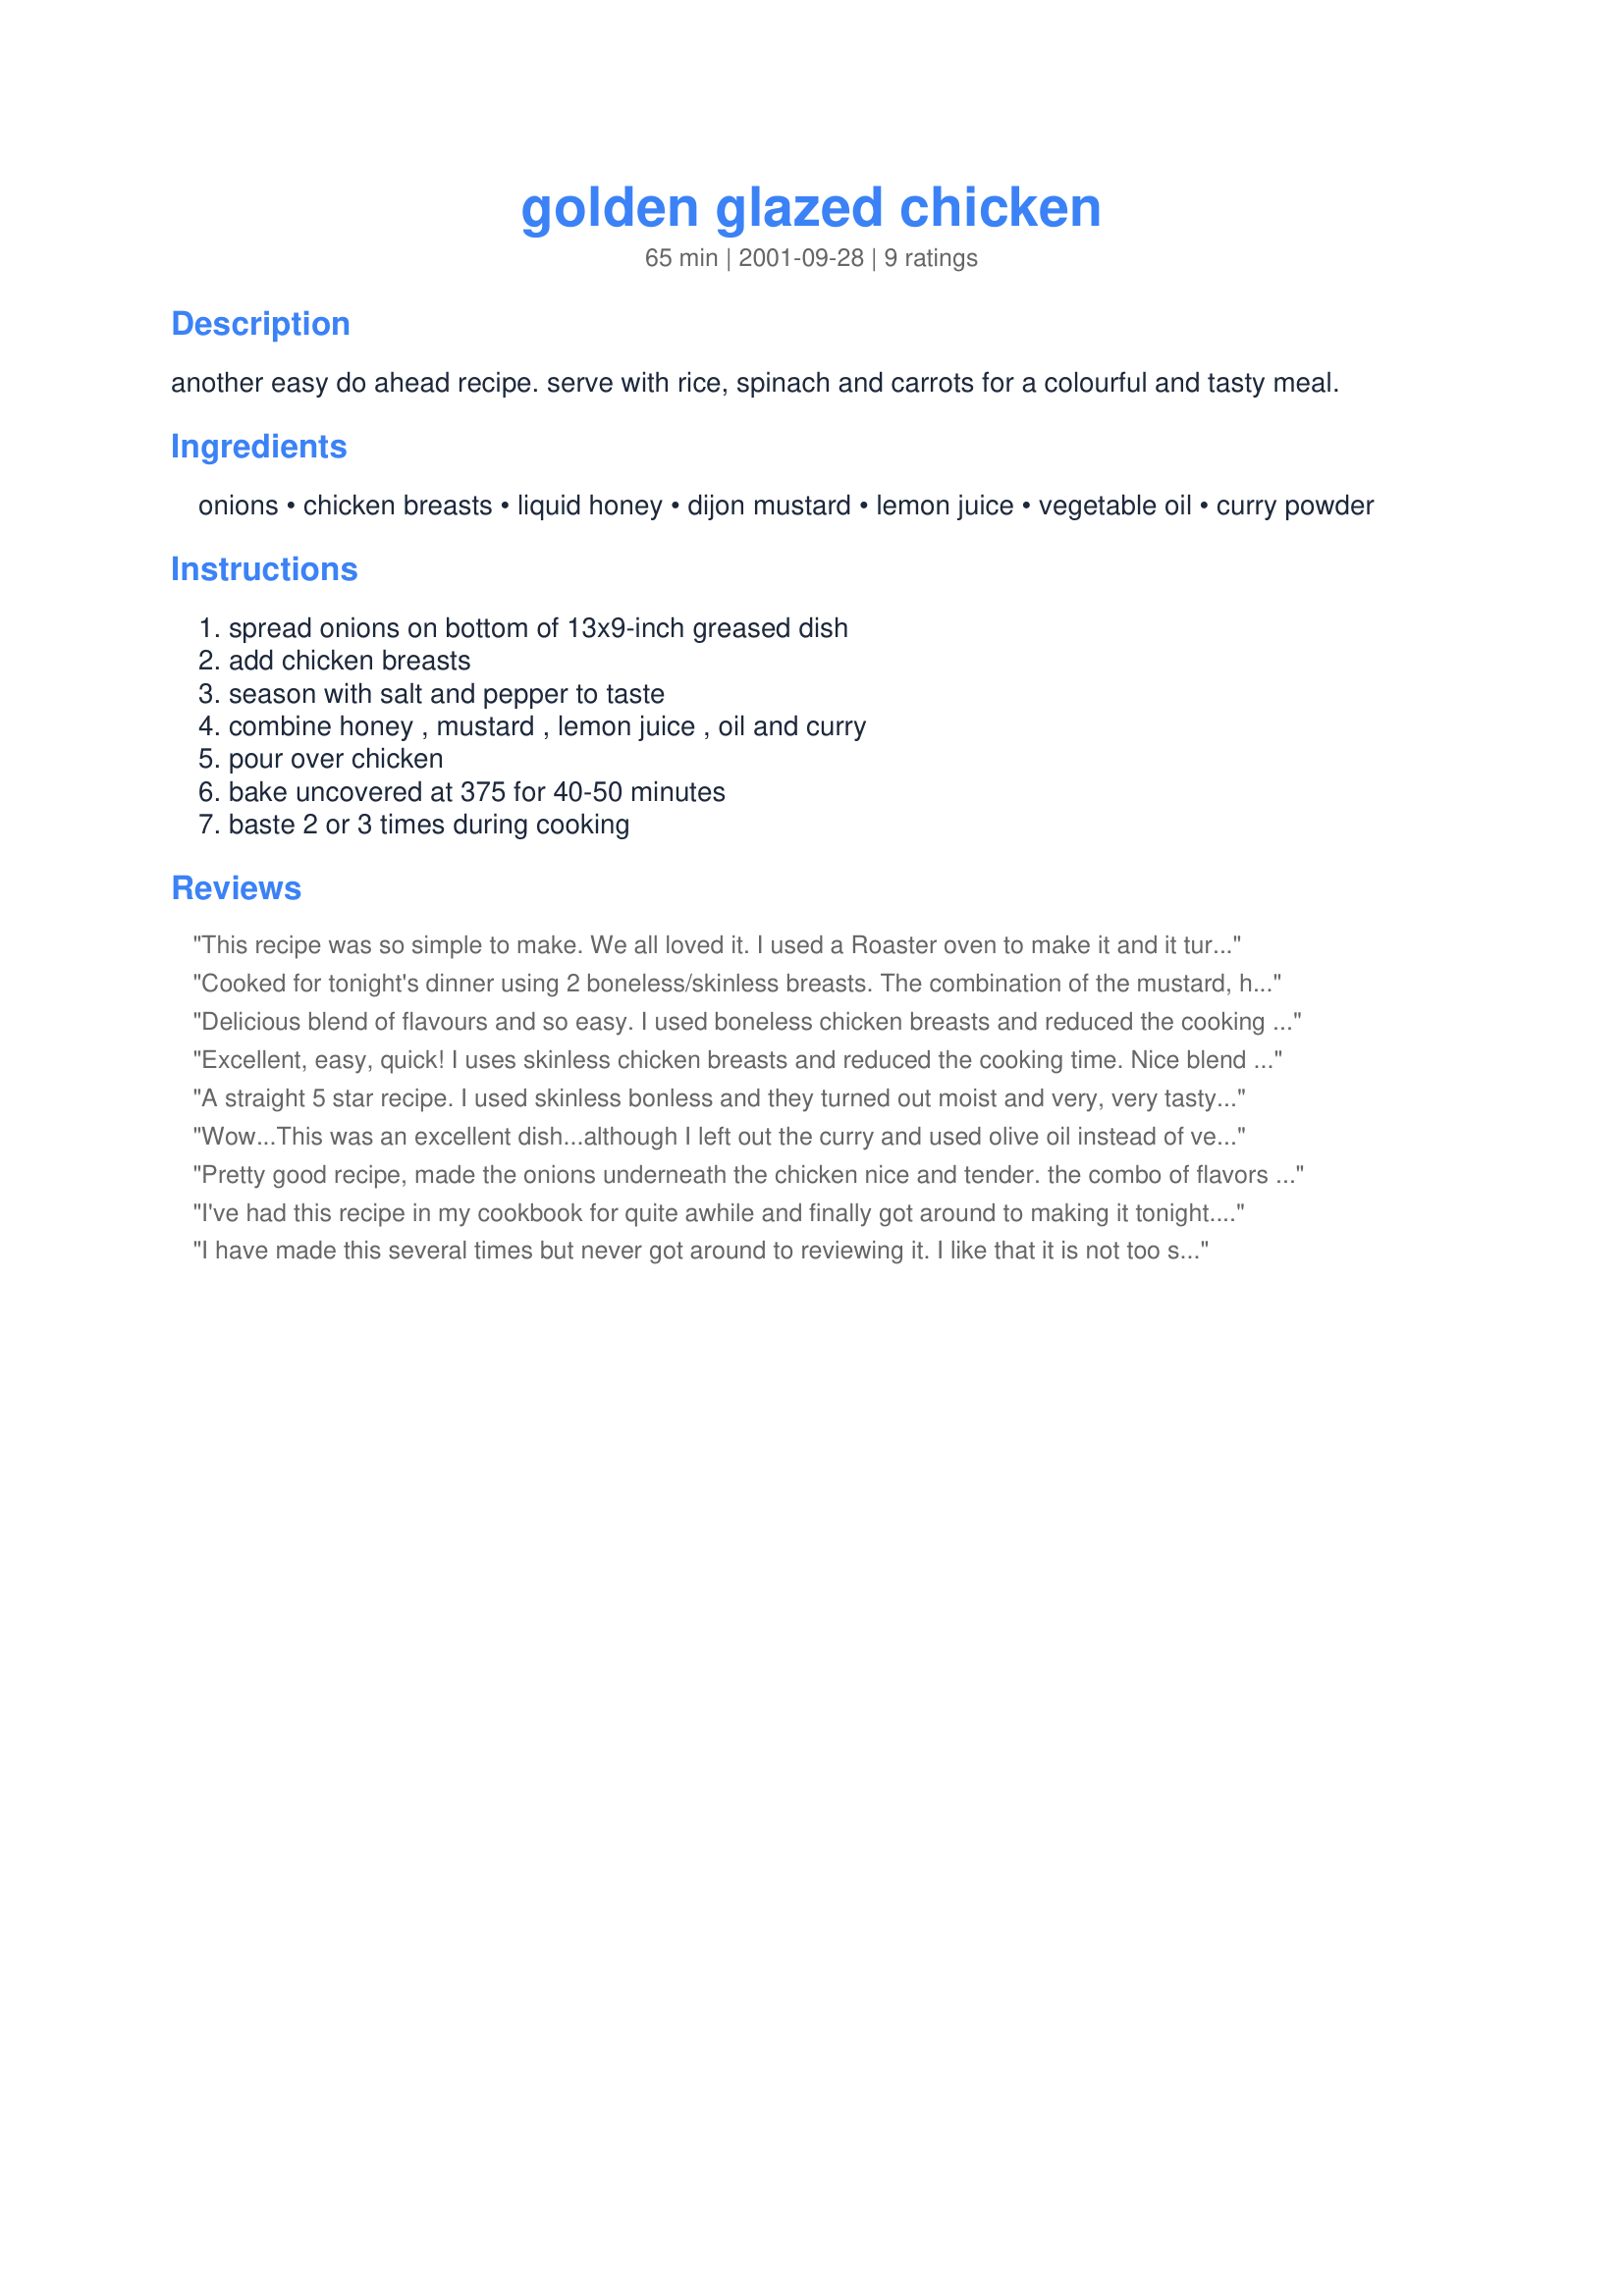
golden glazed chicken
Preparation time: 65 minutes

another easy do ahead recipe. serve with rice, spinach and carrots for a colourful and tasty meal.

Ingredients:
onions, chicken breasts, liquid honey, dijon mustard, lemon juice, vegetable oil, curry powder

Steps:
spread onions on bottom of 13x9-inch greased dish, add chicken breasts, season with salt and pepper to taste, combine honey , mustard , lemon juice , oil and curry, pour over chicken, bake uncovered at 375 for 40-50 minutes, baste 2 or 3 times during cooking

Reviews:
This recipe was so simple to make. We all loved it. I used a Roaster oven to make it and it turn out really well. I had the roaster on 350 for 1 1/2 hrs. It was so moist. thank you for a good recipe.
Cooked for tonight's dinner using 2 boneless/skinless breasts. The combination of the mustard, honey, lemon juice and curry smelled great while cooking. I used just 1 tsp of curry since I thought DH would be somewhat wary of it. The chicken cooked just over 40 minutes and was nicely tender. We ate this with recipe#48162 as part of "LiveStrong...A Taste of Yellow"
Delicious blend of flavours and so easy.
I used boneless chicken breasts and reduced the cooking time, served with a favourite orzo and rice dish.
Will definitely make this again, thanks Tebo. =)
Excellent, easy, quick!
I uses skinless chicken breasts and reduced the cooking time. Nice blend of flavors.
A straight 5 star recipe. I used skinless bonless and they turned out moist and very, very tasty. Nice combination of curry and mustard and Tebo, we sure agree on easy "do it ahead" recipes. I love to spend time with my guests and still turn out a tasty meal Thanks Bergy
Wow...This was an excellent dish...although I left out the curry and used olive oil instead of vegatable oil. Goes great with Rice! Serve with a nice Chardonay and you'll think you are in heaven.
Pretty good recipe, made the onions underneath the chicken nice and tender. the combo of flavors jived well together, nothing overpowered anything else.
I've had this recipe in my cookbook for quite awhile and finally got around to making it tonight. I fed it to two hungry missionaries, my husband and a small visitor we have for the summer. I used boneless chicken breasts, and served it with my rice pilaff recipe#88053. The two went excellent together. One of the missionaries went back twice and the other one went back three times. We all thoroughly enjoyed it. It was moist and had just enough spice. Thanks for a most delicious recipe that I know I will use again many times!
I have made this several times but never got around to reviewing it. I like that it is not too spicy and is made with ingredients that I usually have on hand. I removed the skin from the breasts this time as I have to watch my fat intake but otherwise make it as directed.
